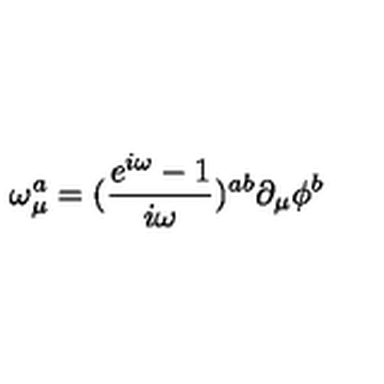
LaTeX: \omega _ { \mu } ^ { a } = ( \frac { e ^ { i \omega } - 1 } { i \omega } ) ^ { a b } \partial _ { \mu } \phi ^ { b }